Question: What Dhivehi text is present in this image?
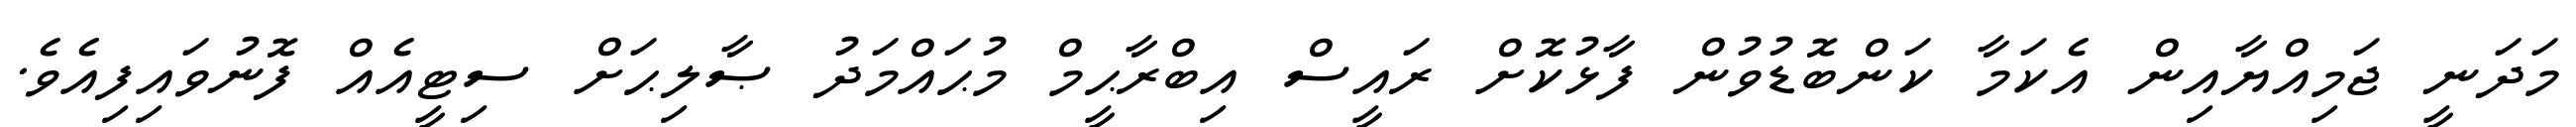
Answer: މަދަނީ ޖަމިއްޔާއިން އެކަމާ ކަންބޮޑުވުން ފާޅުކޮށް ރައީސް އިބްރާޙީމް މުޙައްމަދު ޞާލިޙަށް ސިޓީއެއް ފޮނުވައިފިއެވެ.